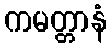
ကမတ္တာနံ